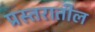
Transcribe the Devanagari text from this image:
प्रस्तरातील